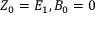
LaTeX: Z _ { 0 } = E _ { 1 } , B _ { 0 } = 0